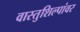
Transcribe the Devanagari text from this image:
वास्तुशिल्पांवर